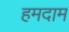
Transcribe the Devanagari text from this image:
हमदाम